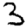
Digit: 3